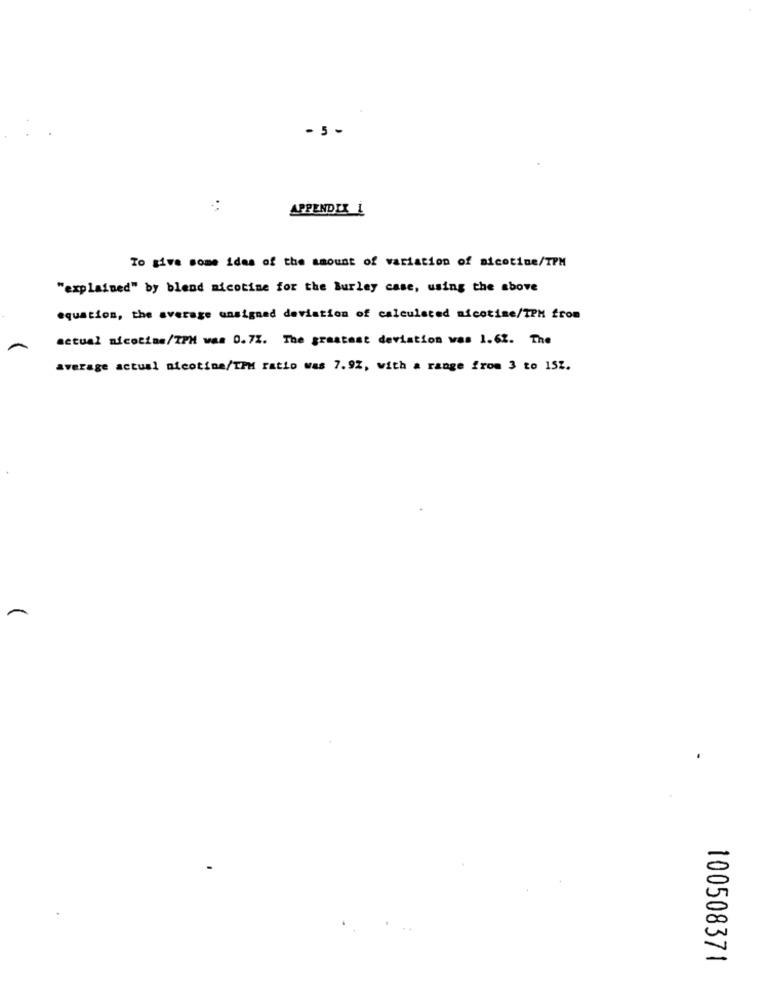
5 -
APPENDIX 1
To give some ides of the amount of variation of nicotine/TPM
"explained" by blend micotime for the Burley case, using the above
equation, the average assigned deviation of calculated nicotine/TPM from
actual nicotine/TPH was 0.72. The greatest deviation was 1.62. The
average actual nicotine/1PM ratio was 7.92, with a range from 3 to 152.
100508371